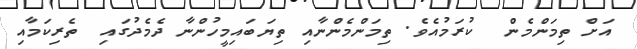
އަށް ތިމަންމެން  ކުރަމުއެވެ. ތިމަންމެންނާއި ތިޔަބައިމީހުންނާ ދެމެދުގައި  ތެރިކަމާއި